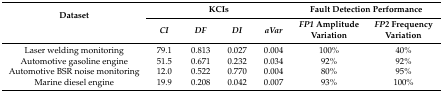
<table><thead><tr><td rowspan="2"><b>Dataset</b></td><td colspan="4"><b>KCIs</b></td><td colspan="2"><b>Fault Detection Performance</b></td></tr><tr><td><b><i>CI</i></b></td><td><b><i>DF</i></b></td><td><b><i>DI</i></b></td><td><b><i>aVar</i></b></td><td><b><i>FP1</i> Amplitude Variation</b></td><td><b><i>FP2</i> Frequency Variation</b></td></tr></thead><tbody><tr><td>Laser welding monitoring</td><td>79.1</td><td>0.813</td><td>0.027</td><td>0.004</td><td>100%</td><td>40%</td></tr><tr><td>Automotive gasoline engine</td><td>51.5</td><td>0.671</td><td>0.232</td><td>0.034</td><td>92%</td><td>92%</td></tr><tr><td>Automotive BSR noise monitoring</td><td>12.0</td><td>0.522</td><td>0.770</td><td>0.004</td><td>80%</td><td>95%</td></tr><tr><td>Marine diesel engine</td><td>19.9</td><td>0.208</td><td>0.042</td><td>0.007</td><td>93%</td><td>100%</td></tr></tbody></table>